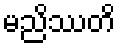
မညိဿတိ